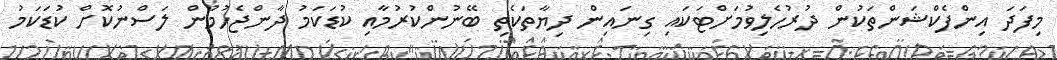
މިފަދަ އިންފެކްޝަންތަކުން ދުރުހެލިވުމަށްޓަކައި ގިނައިން ދިޔާތަކެތި ބޭނުންކުރުމާއި ކުޑަކަމު ދާންޖެހުމުން ލަސްނުކޮށް ކުޑަކަމު